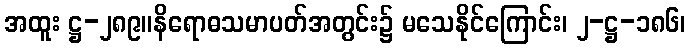
အထူး ဋ္ဌ-၂၈၉။နိရောဓသမာပတ်အတွင်း၌ မသေနိုင်ကြောင်း၊ ၂-ဋ္ဌ-၁၈၆၊